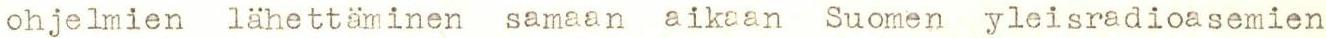
ohjelmien lähettäminen samaan aikaan Suomen yleisradioasemien